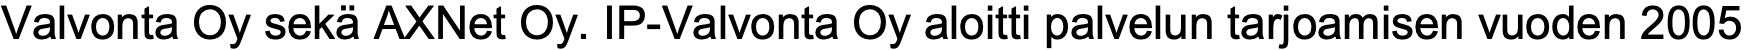
Valvonta Oy sekä AXNet Oy. IP-Valvonta Oy aloitti palvelun tarjoamisen vuoden 2005